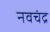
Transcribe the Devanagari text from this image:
नवचंद्र